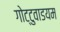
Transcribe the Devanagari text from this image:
गोट्टुवाडयम